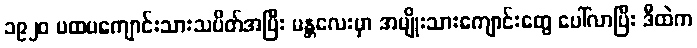
၁၉၂၀ ပထမကျောင်းသားသပိတ်အပြီး မန္တလေးမှာ အမျိုးသားကျောင်းတွေ ပေါ်လာပြီး ဒီထဲက